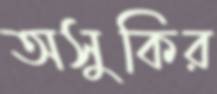
অসুকির